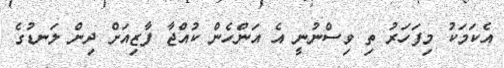
އެކަމަކު މިފަހަރު ތި ވިސްނުނީ އެ އަންހެން ކުއްޖާ ފާޒިއަށް ދިން ލަނޑުގެ